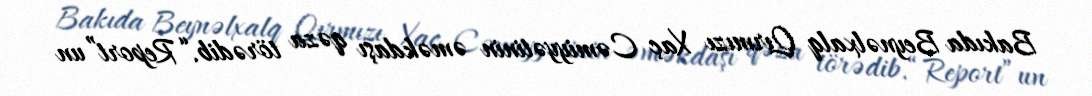
Bakıda Beynəlxalq Qırmızı Xaç Cəmiyyətinin əməkdaşı qəza törədib.“Report”un